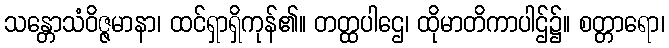
သန္တောသံဝိဇ္ဇမာနာ၊ ထင်ရှာရှိကုန်၏။ တတ္ထပါဌေ၊ ထိုမာတိကာပါဌ်၌။ စတ္တာရော၊